Annual administration report of the Civil Veterinary Department of India - 1896-1897
Year: 1896
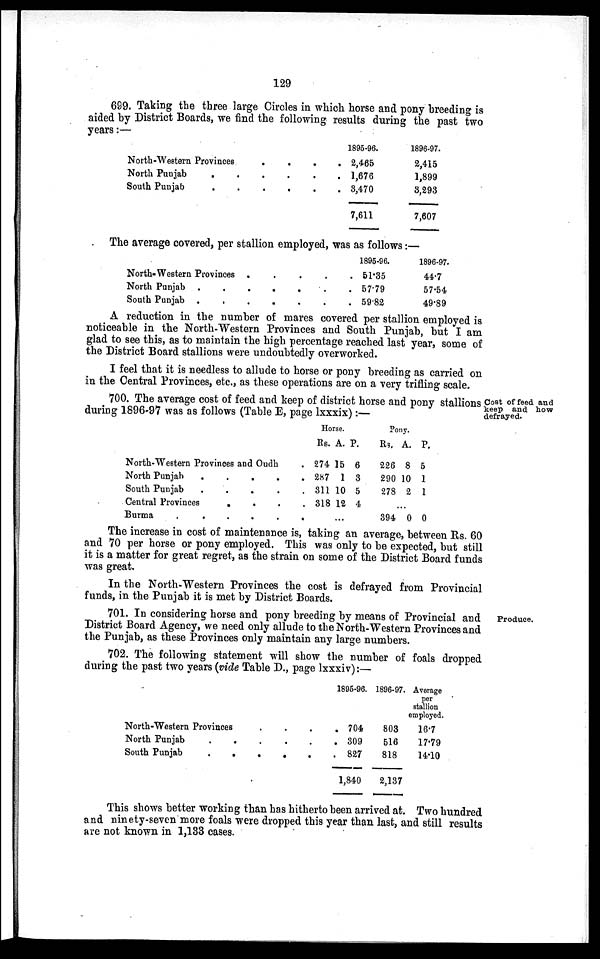
129
699. Taking the three large Circles in which horse and pony breeding is
aided by District Boards, we find the following results during the past two
years:—
North-Western Provinces . . . .
North Punjab . . . . . .
South Punjab . . . . . .
1895-96.
2,465
1,676
3,470
7,611
1896-97.
2,415
1,899
3,293
7,607
The average covered, per stallion employed, was as follows:—
North-Western Provinces . . . . . .
North Punjab . . . . . . .
South Punjab . . . . . . .
1895-96.
51.35
57.79
59.82
1896-97.
44.7
57.54
49.89
A reduction in the number of mares covered per stallion employed is
noticeable in the North-Western Provinces and South Punjab, but I am
glad to see this, as to maintain the high percentage reached last year, some of
the District Board stallions were undoubtedly overworked.
I feel that it is needless to allude to horse or pony breeding as carried on
in the Central Provinces, etc., as these operations are on a very trifling scale.
Cost of feed and
keep and how
defrayed.
700. The average cost of feed and keep of district horse and pony stallions
during 1896-97 was as follows (Table E, page lxxxix):—
North-Western Provinces and Oudh .
North Punjab . . . . .
South Punjab . . . . .
Central Provinces . . . .
Burma . . . . .
Horse.
Rs.
274
287
311
318
A.
15
1
10
12
...
P.
6
3
5
4
Pony.
Rs.
226
290
278
...
394
A.
8
10
2
0
P.
5
1
1
0
The increase in cost of maintenance is, taking an average, between Rs. 60
and 70 per horse or pony employed. This was only to be expected, but still
it is a matter for great regret, as the strain on some of the District Board funds
was great.
In the North-Western Provinces the cost is defrayed from Provincial
funds, in the Punjab it is met by District Boards.
Produce.
701. In considering horse and pony breeding by means of Provincial and
District Board Agency, we need only allude to the North-Western Provinces and
the Punjab, as these Provinces only maintain any large numbers.
702. The following statement will show the number of foals dropped
during the past two years (vide Table D., page lxxxiv):—
North-Western Provinces . . . .
North Punjab
.
.
.
.
. .
South Punjab
.
.
.
.
.
.
1895-96.
704
309
827
1,840
1896-97.
803
516
818
2,137
Average
per
stallion
employed.
16.7
17.79
14.10
This shows better working than has hitherto been arrived at. Two hundred
and ninety-seven more foals were dropped this year than last, and still results
are not known in 1,133 cases.